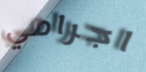
اجرامي